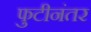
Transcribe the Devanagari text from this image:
फुटीनंतर